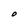
Character: O